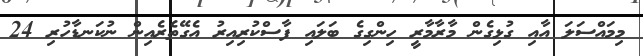
މިމައްސަލަ އާއި ގުޅިގެން މާރާމާރީ ހިންގިގެ ބަލައި ފާސްކުރިއިރު އެގޭތެރެއިން ނުކަނޑާހުރި 24